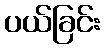
ပယ်ခြင်း